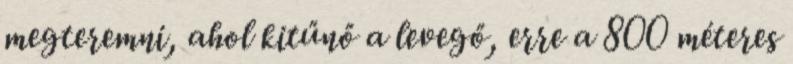
megteremni, ahol kitűnő a levegő, erre a 800 méteres